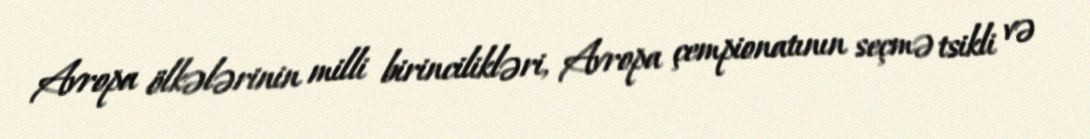
Avropa ölkələrinin milli birincilikləri, Avropa çempionatının seçmə tsikli və